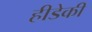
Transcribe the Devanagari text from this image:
हीडेकी